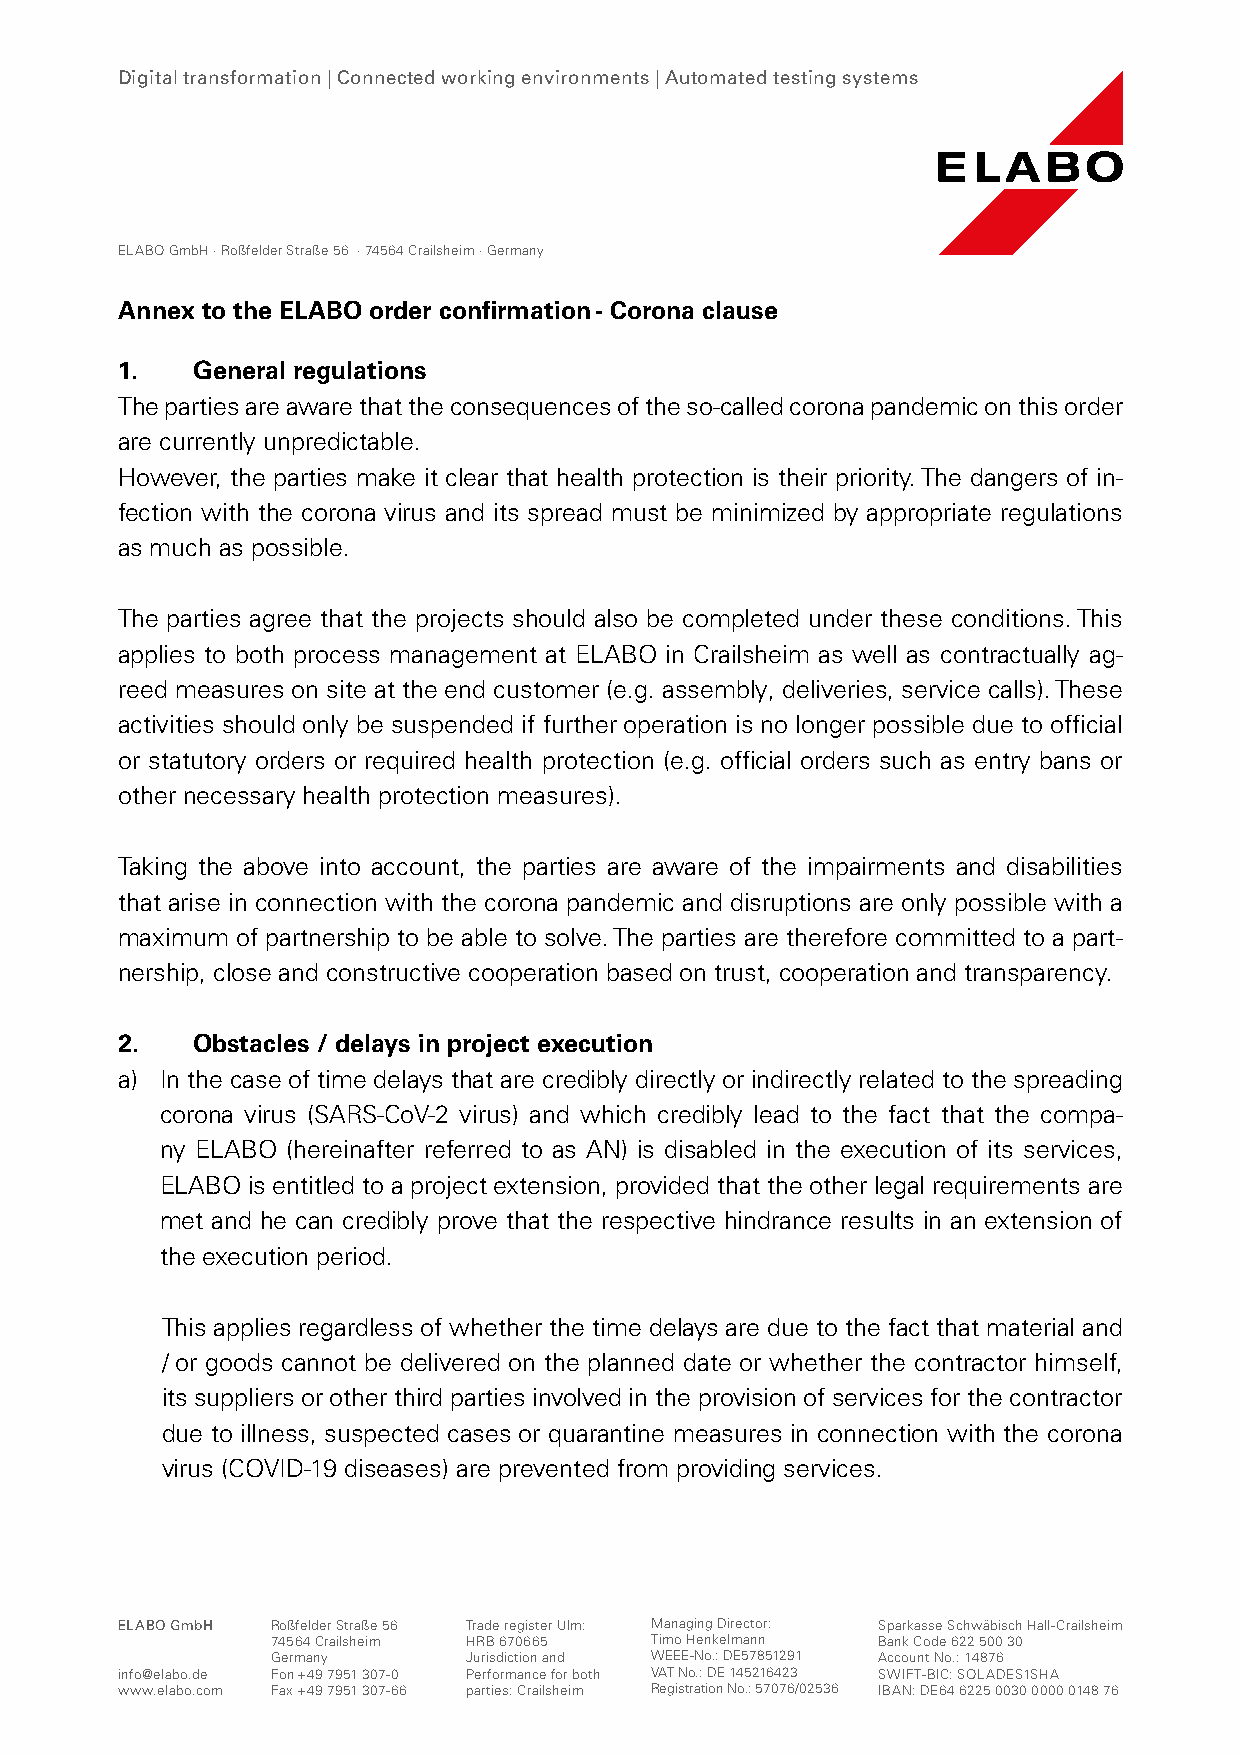
Digital transformation | Connected working environments | Automated testing systems
 ELABO GmbH · Roßfelder Straße 56 · 74564 Crailsheim · Germany
 Annex to the ELABO order confirmation - Corona clause
 1.   General regulations
 The parties are aware that the consequences of the so-called corona pandemic on this order
 are currently unpredictable.
 However, the parties make it clear that health protection is their priority. The dangers of in-
 fection with the corona virus and its spread must be minimized by appropriate regulations
 as much as possible.
 The parties agree that the projects should also be completed under these conditions. This
 applies to both process management at ELABO in Crailsheim as well as contractually ag-
 reed measures on site at the end customer (e.g. assembly, deliveries, service calls). These
 activities should only be suspended if further operation is no longer possible due to official
 or statutory orders or required health protection (e.g. official orders such as entry bans or
 other necessary health protection measures).
 Taking the above into account, the parties are aware of the impairments and disabilities
 that arise in connection with the corona pandemic and disruptions are only possible with a
 maximum of partnership to be able to solve. The parties are therefore committed to a part-
 nership, close and constructive cooperation based on trust, cooperation and transparency.
 2.   Obstacles / delays in project execution
 a) In the case of time delays that are credibly directly or indirectly related to the spreading
 corona virus (SARS-CoV-2 virus) and which credibly lead to the fact that the compa-
 ny ELABO (hereinafter referred to as AN) is disabled in the execution of its services,
 ELABO is entitled to a project extension, provided that the other legal requirements are
 met and he can credibly prove that the respective hindrance results in an extension of
 the execution period.
 This applies regardless of whether the time delays are due to the fact that material and
 / or goods cannot be delivered on the planned date or whether the contractor himself,
 its suppliers or other third parties involved in the provision of services for the contractor
 due to illness, suspected cases or quarantine measures in connection with the corona
 virus (COVID-19 diseases) are prevented from providing services.
 ELABO GmbH Roßfelder Straße 56 Trade register Ulm: Managing Director: Sparkasse Schwäbisch Hall-Crailsheim
 74564 Crailsheim HRB 670665 Timo Henkelmann Bank Code 622 500 30
 Germany      Jurisdiction and WEEE-No.: DE57851291 Account No.: 14876
 info@elabo.de Fon +49 7951 307-0 Performance for both VAT No.: DE 145216423 SWIFT-BIC: SOLADES1SHA
 www.elabo.com Fax +49 7951 307-66 parties: Crailsheim Registration No.: 57076/02536 IBAN: DE64 6225 0030 0000 0148 76